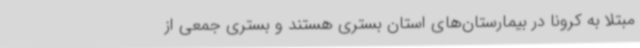
مبتلا به کرونا در بیمارستان‌های استان بستری هستند و بستری جمعی از